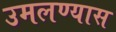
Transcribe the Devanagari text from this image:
उमलण्यास